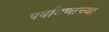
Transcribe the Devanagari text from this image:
पर्यावणाच्या